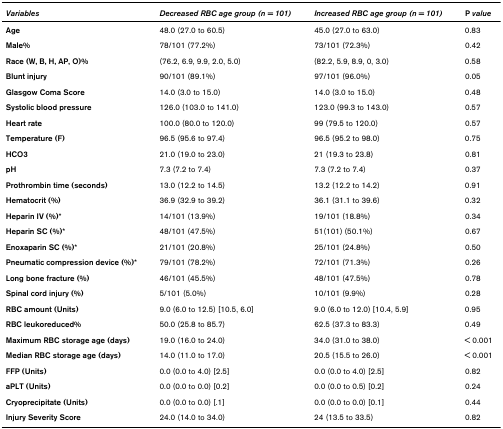
<table><thead><tr><td><b><i>Variables</i></b></td><td><b><i>Decreased RBC age group (n = 101)</i></b></td><td><b><i>Increased RBC age group (n = 101)</i></b></td><td><b>P <i>value</i></b></td></tr></thead><tbody><tr><td><b>Age</b></td><td>48.0 (27.0 to 60.5)</td><td>45.0 (27.0 to 63.0)</td><td>0.83</td></tr><tr><td><b>Male%</b></td><td>78/101 (77.2%)</td><td>73/101 (72.3%)</td><td>0.42</td></tr><tr><td><b>Race (W, B, H, AP, O)%</b></td><td>(76.2, 6.9, 9.9, 2.0, 5.0)</td><td>(82.2, 5.9, 8.9, 0, 3.0)</td><td>0.58</td></tr><tr><td><b>Blunt injury</b></td><td>90/101 (89.1%)</td><td>97/101 (96.0%)</td><td>0.05</td></tr><tr><td><b>Glasgow Coma Score</b></td><td>14.0 (3.0 to 15.0)</td><td>14.0 (3.0 to 15.0)</td><td>0.48</td></tr><tr><td><b>Systolic blood pressure</b></td><td>126.0 (103.0 to 141.0)</td><td>123.0 (99.3 to 143.0)</td><td>0.57</td></tr><tr><td><b>Heart rate</b></td><td>100.0 (80.0 to 120.0)</td><td>99 (79.5 to 120.0)</td><td>0.57</td></tr><tr><td><b>Temperature (F)</b></td><td>96.5 (95.6 to 97.4)</td><td>96.5 (95.2 to 98.0)</td><td>0.75</td></tr><tr><td><b>HCO3</b></td><td>21.0 (19.0 to 23.0)</td><td>21 (19.3 to 23.8)</td><td>0.81</td></tr><tr><td><b>pH</b></td><td>7.3 (7.2 to 7.4)</td><td>7.3 (7.2 to 7.4)</td><td>0.37</td></tr><tr><td><b>Prothrombin time (seconds)</b></td><td>13.0 (12.2 to 14.5)</td><td>13.2 (12.2 to 14.2)</td><td>0.91</td></tr><tr><td><b>Hematocrit (%)</b></td><td>36.9 (32.9 to 39.2)</td><td>36.1 (31.1 to 39.6)</td><td>0.32</td></tr><tr><td><b>Heparin IV (%)*</b></td><td>14/101 (13.9%)</td><td>19/101 (18.8%)</td><td>0.34</td></tr><tr><td><b>Heparin SC (%)*</b></td><td>48/101 (47.5%)</td><td>51(101) (50.1%)</td><td>0.67</td></tr><tr><td><b>Enoxaparin SC (%)*</b></td><td>21/101 (20.8%)</td><td>25/101 (24.8%)</td><td>0.50</td></tr><tr><td><b>Pneumatic compression device (%)*</b></td><td>79/101 (78.2%)</td><td>72/101 (71.3%)</td><td>0.26</td></tr><tr><td><b>Long bone fracture (%)</b></td><td>46/101 (45.5%)</td><td>48/101 (47.5%)</td><td>0.78</td></tr><tr><td><b>Spinal cord injury (%)</b></td><td>5/101 (5.0%)</td><td>10/101 (9.9%)</td><td>0.28</td></tr><tr><td><b>RBC amount (Units)</b></td><td>9.0 (6.0 to 12.5) [10.5, 6.0]</td><td>9.0 (6.0 to 12.0) [10.4, 5.9]</td><td>0.95</td></tr><tr><td><b>RBC leukoreduced%</b></td><td>50.0 (25.8 to 85.7)</td><td>62.5 (37.3 to 83.3)</td><td>0.49</td></tr><tr><td><b>Maximum RBC storage age (days)</b></td><td>19.0 (16.0 to 24.0)</td><td>34.0 (31.0 to 38.0)</td><td>&lt; 0.001</td></tr><tr><td><b>Median RBC storage age (days)</b></td><td>14.0 (11.0 to 17.0)</td><td>20.5 (15.5 to 26.0)</td><td>&lt; 0.001</td></tr><tr><td><b>FFP (Units)</b></td><td>0.0 (0.0 to 4.0) [2.5]</td><td>0.0 (0.0 to 4.0) [2.5]</td><td>0.82</td></tr><tr><td><b>aPLT (Units)</b></td><td>0.0 (0.0 to 0.0) [0.2]</td><td>0.0 (0.0 to 0.5) [0.2]</td><td>0.24</td></tr><tr><td><b>Cryoprecipitate (Units)</b></td><td>0.0 (0.0 to 0.0) [.1]</td><td>0.0 (0.0 to 0.0) [0.1]</td><td>0.44</td></tr><tr><td><b>Injury Severity Score</b></td><td>24.0 (14.0 to 34.0)</td><td>24 (13.5 to 33.5)</td><td>0.82</td></tr></tbody></table>